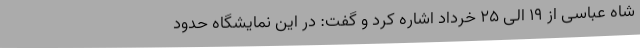
شاه عباسی از 19 الی 25 خرداد اشاره کرد و گفت: در این نمایشگاه حدود